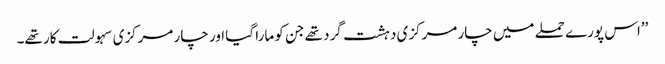
’’اس پورے حملے میں چار مرکزی دہشت گرد تھے جن کو مارا گیا اور چار مرکزی سہولت کار تھے۔